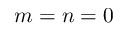
m = n = 0